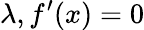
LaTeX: \lambda,f^{\prime}(x)=0